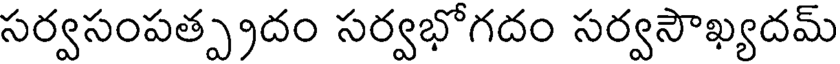
సర్వసంపత్ప్రదం సర్వభోగదం సర్వసౌఖ్యదమ్